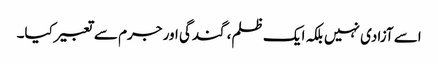
اسے آزادی نہیں بلکہ ایک ظلم، گندگی اور جرم سے تعبیرکیا۔